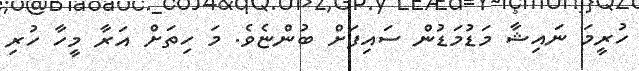
ހުރީމަ ނައިޝާ މަޑުމަޑުން ސައިފަށް ބުންޏެވެ. މަ ހިތަށް އަރާ މީހާ ހުރި